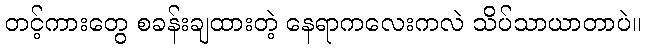
တင့်ကားတွေ စခန်းချထားတဲ့ နေရာကလေးကလဲ သိပ်သာယာတာပဲ။